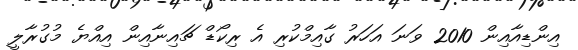
އިންޑިއާއިން 2010 ވަނަ އަހަރު ގާއިމްކުރި އެ ރިކޯޑް ޗައިނާއިން އިއްޔެ މުގުރާލީ